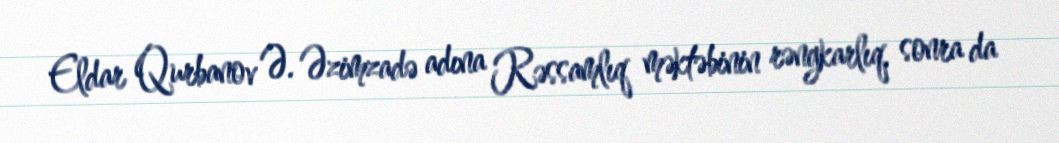
Eldar Qurbanov Ə. Əzimzadə adına Rəssamlıq məktəbinin rəngkarlıq, sonra da